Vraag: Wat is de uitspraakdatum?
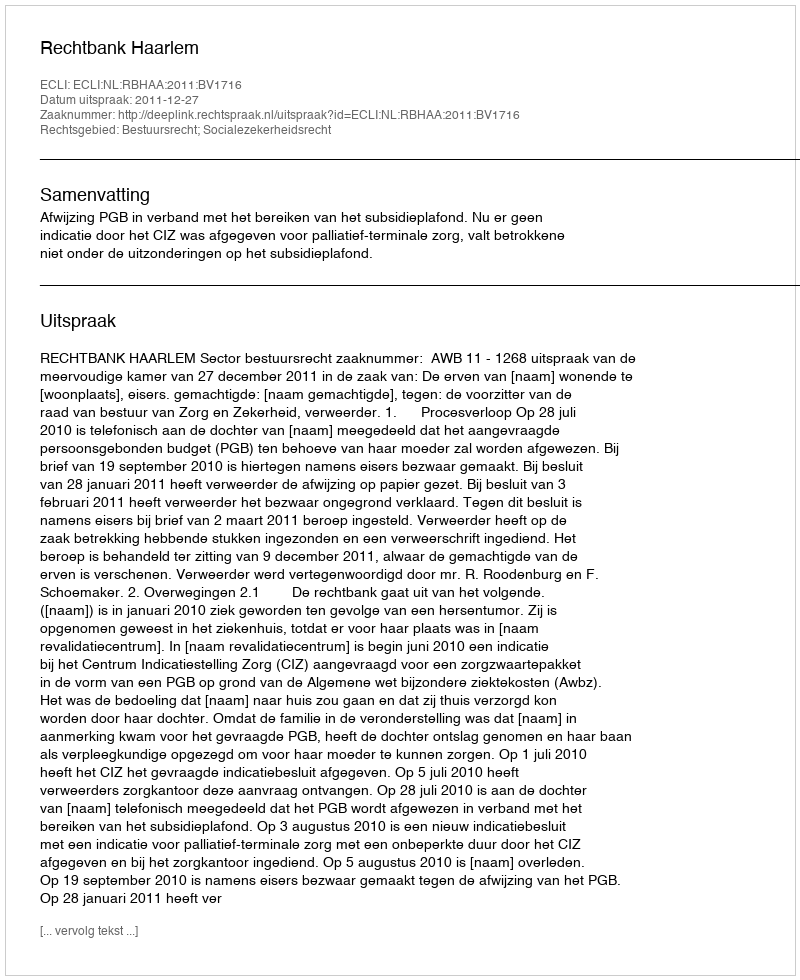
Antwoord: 2011-12-27